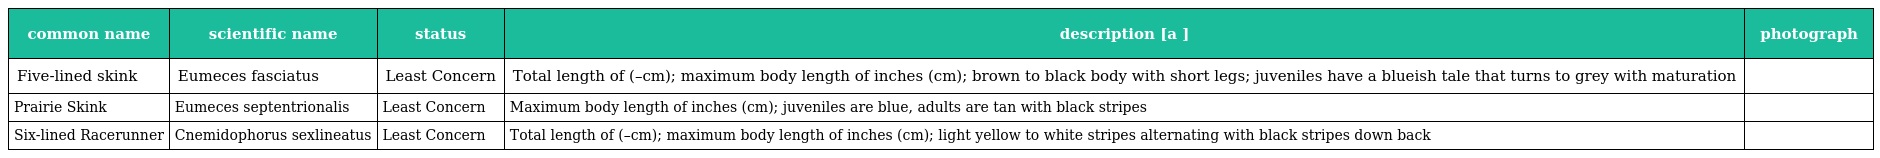
| common name | scientific name | status | description [a ] | photograph |
 | --- | --- | --- | --- | --- |
 | Five-lined skink | Eumeces fasciatus | Least Concern | Total length of (–cm); maximum body length of inches (cm); brown to black body with short legs; juveniles have a blueish tale that turns to grey with maturation |  |
 | Prairie Skink | Eumeces septentrionalis | Least Concern | Maximum body length of inches (cm); juveniles are blue, adults are tan with black stripes |  |
 | Six-lined Racerunner | Cnemidophorus sexlineatus | Least Concern | Total length of (–cm); maximum body length of inches (cm); light yellow to white stripes alternating with black stripes down back |  |